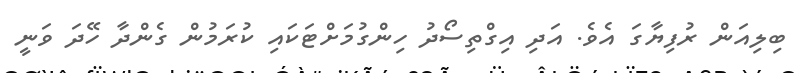
ބިލިއަން ރުފިޔާގަ އެވެ. އަދި އިގްތިސޯދު ހިންގުމަށްޓަކައި ކުރަމުން ގެންދާ ހޭދަ ވަނީ